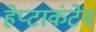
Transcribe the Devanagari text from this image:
हेप्टाकंटेन